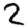
Digit: 2